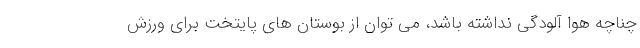
چناچه هوا آلودگی نداشته باشد، می توان از بوستان های پایتخت برای ورزش